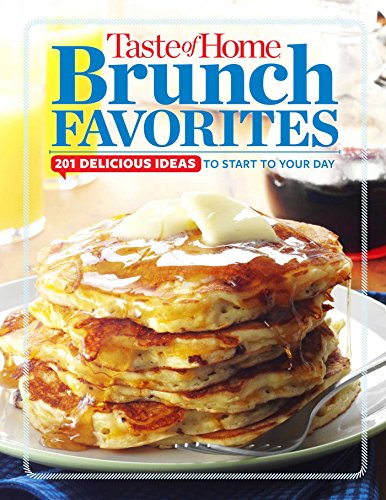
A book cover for Taste of Home Brunch Favorites: 201 Delicious Ideas To Start Your Day (TOH 201 Series); Editors at Taste of Home; Cookbooks, Food & Wine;